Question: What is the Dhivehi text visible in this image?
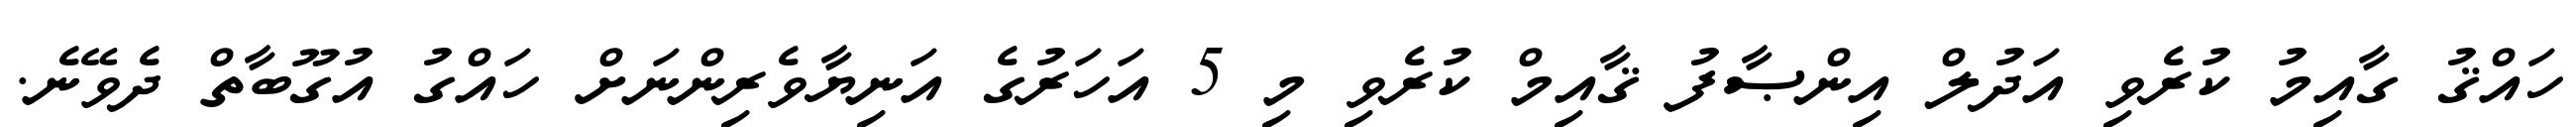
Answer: ހައްޤު ގާއިމު ކުރެވި އަދުލް އިންޞާފު ޤާއިމް ކުރެވި މި 5 އަހަރުގެ އަނިޔާވެރިންނަށް ހައްގު އުގޫބާތް ދެވޭނެ.